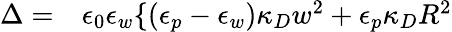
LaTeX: \begin{array}{rl}{\Delta=}&{{}\epsilon_{0}\epsilon_{w}\{ (\epsilon_{p}-\epsilon_{w})\kappa_{D}w^{2}+\epsilon_{p}\kappa_{D}R^{2}}\end{array}